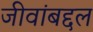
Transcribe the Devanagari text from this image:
जीवांबद्दल